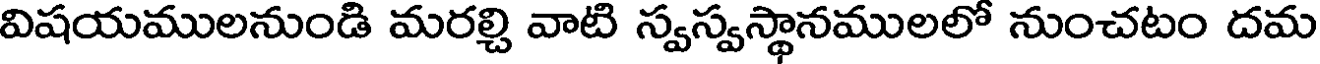
విషయములనుండి మరల్చి వాటి స్వస్వస్థానములలో నుంచటం దమ